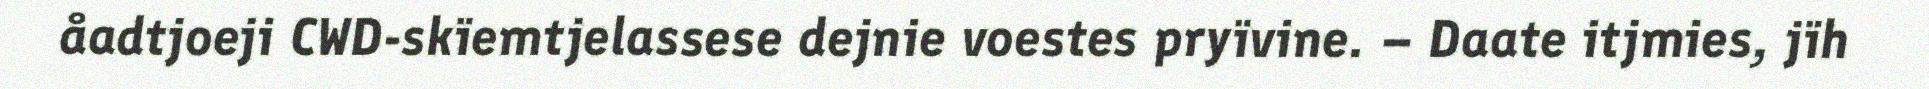
åadtjoeji CWD-skïemtjelassese dejnie voestes pryïvine. – Daate itjmies, jïh